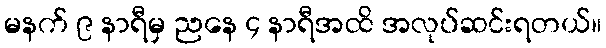
မနက် ၉ နာရီမှ ညနေ ၄ နာရီအထိ အလုပ်ဆင်းရတယ်။